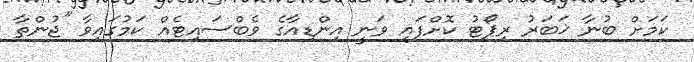
ކަމަށް ބުނާ ޚަބަރު ރިޕޯޓު ކޮށްފައި ވަނީ އިންޑިއާގެ ވެބްސައިޓެއް ކަމުގައިވާ "ޖުންތާ